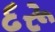
દરૂ